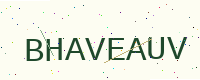
Text: BHAVEAUV